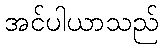
အင်ပါယာသည်